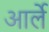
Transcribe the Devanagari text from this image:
आर्ले